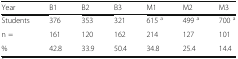
<table><thead><tr><td><b>Year</b></td><td><b>B1</b></td><td><b>B2</b></td><td><b>B3</b></td><td><b>M1</b></td><td><b>M2</b></td><td><b>M3</b></td></tr></thead><tbody><tr><td>Students</td><td>376</td><td>353</td><td>321</td><td>615 <sup>a</sup></td><td>499 <sup>a</sup></td><td>700 <sup>a</sup></td></tr><tr><td>n =</td><td>161</td><td>120</td><td>162</td><td>214</td><td>127</td><td>101</td></tr><tr><td>%</td><td>42.8</td><td>33.9</td><td>50.4</td><td>34.8</td><td>25.4</td><td>14.4</td></tr></tbody></table>